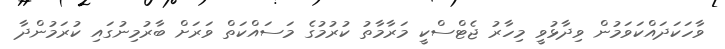
ވާހަކަދައްކަވަމުން ވިދާޅުވީ މިހާރު ޖެޓްސްކީ މަރާމާތު ކުރުމުގެ މަސައްކަތް ވަރަށް ބާރުމިނުގައި ކުރަމުންދާ